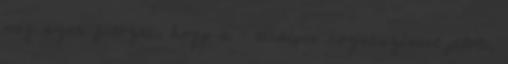
még azon filózni, hogy a – térképen rózsaszínnel jelölt,